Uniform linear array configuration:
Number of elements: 4
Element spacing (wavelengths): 0.75
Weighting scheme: uniform
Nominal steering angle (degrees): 60
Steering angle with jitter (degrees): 58.449
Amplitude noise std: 0.05
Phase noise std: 0.05

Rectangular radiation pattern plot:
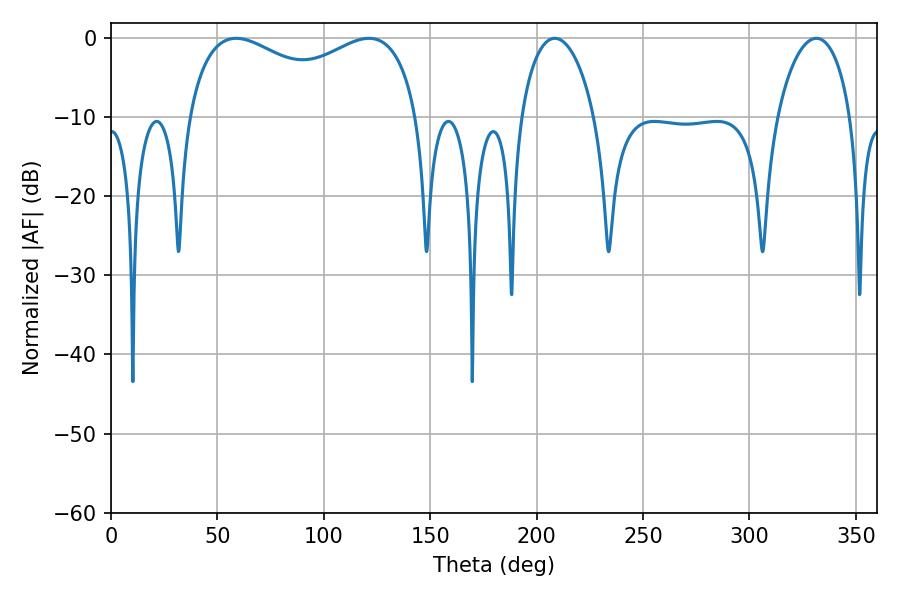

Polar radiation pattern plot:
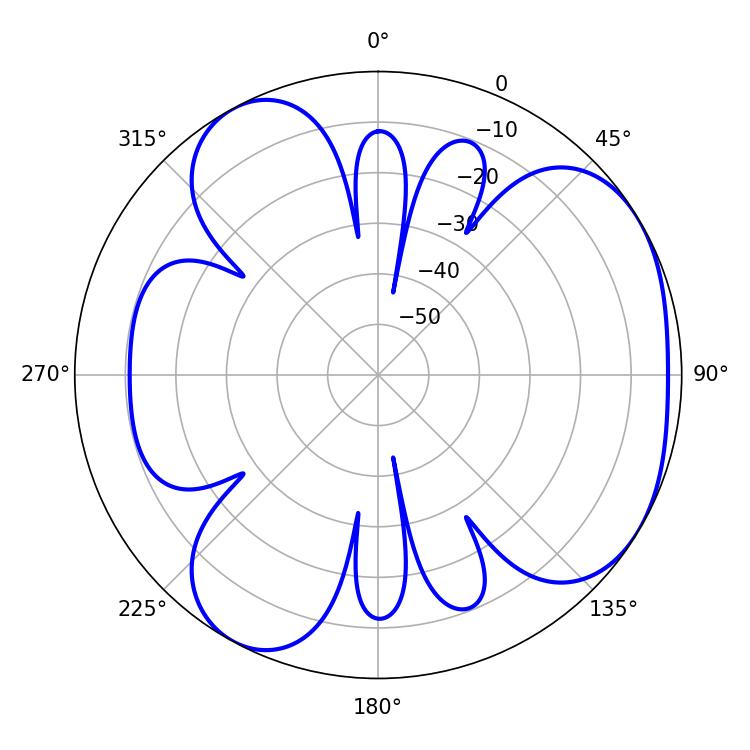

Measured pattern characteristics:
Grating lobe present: TRUE
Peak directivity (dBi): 4.439
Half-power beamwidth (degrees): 90.36
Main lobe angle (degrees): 58.86